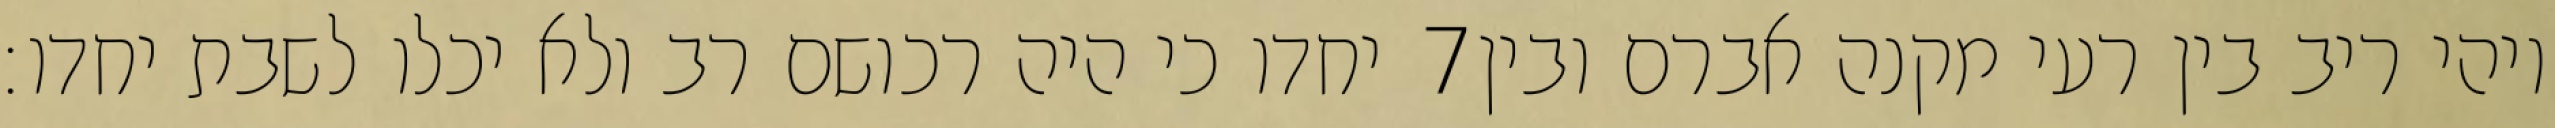
יחדו כי היה רכושם רב ולא יכלו לשבת יחדו׃ ‎7‏ ויהי ריב בין רעי מקנה אברם ובין